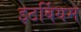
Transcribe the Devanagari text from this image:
इटर्बियम